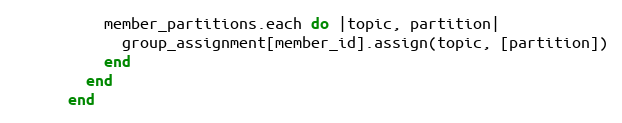
Language: Ruby
          member_partitions.each do |topic, partition|
            group_assignment[member_id].assign(topic, [partition])
          end
        end
      end